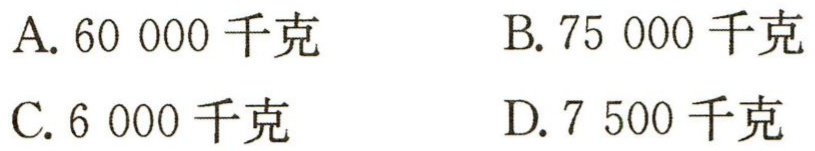
A. 60 000 千克
B. 75 000 千克
C. 6 000 千克
D. 7 500 千克